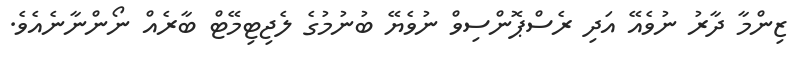
ޒިންމާ ދާރު ނުވެއޭ އަދި ރެސްޕޮންސިވް ނުވެޔޭ ބުނުމުގެ ލެޖިޓިމޭޓް ބާރެއް ނޯންނާނެއެވެ.